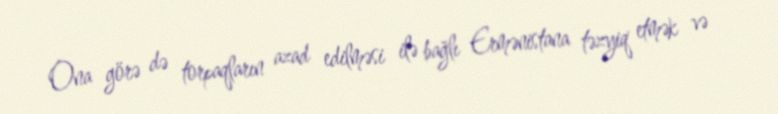
Ona görə də torpaqların azad edilməsi ilə bağlı Ermənistana təzyiq etmək və